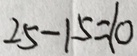
2 5 - 1 5 = 1 0